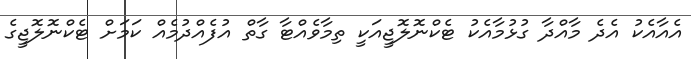
އެއާއެކު އެދެ މާއްދާ ގުޅުމާއެކު ޓެކްނޮލޮޖީއަކީ ތިމާވެއްޓާ ގާތް އުފެއްދުމެއް ކަމަށް ޓެކްނޮލޮޖީގެ